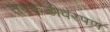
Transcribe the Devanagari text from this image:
तबकडीवरपण